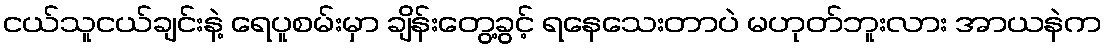
ငယ်သူငယ်ချင်းနဲ့ ရေပူစမ်းမှာ ချိန်းတွေ့ခွင့် ရနေသေးတာပဲ မဟုတ်ဘူးလား အာယနဲက